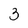
Character: 3